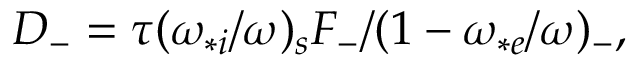
\begin{array} { r } { D _ { - } = \tau ( \omega _ { * i } / \omega ) _ { s } F _ { - } / ( 1 - \omega _ { * e } / \omega ) _ { - } , } \end{array}